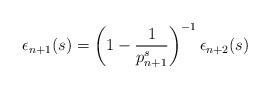
LaTeX: \begin{align*}\epsilon_{n+1}(s)=\left(1-\frac{1}{p^{s}_{n+1}}\right)^{-1} \epsilon_{n+2}(s)\end{align*}